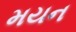
મયન